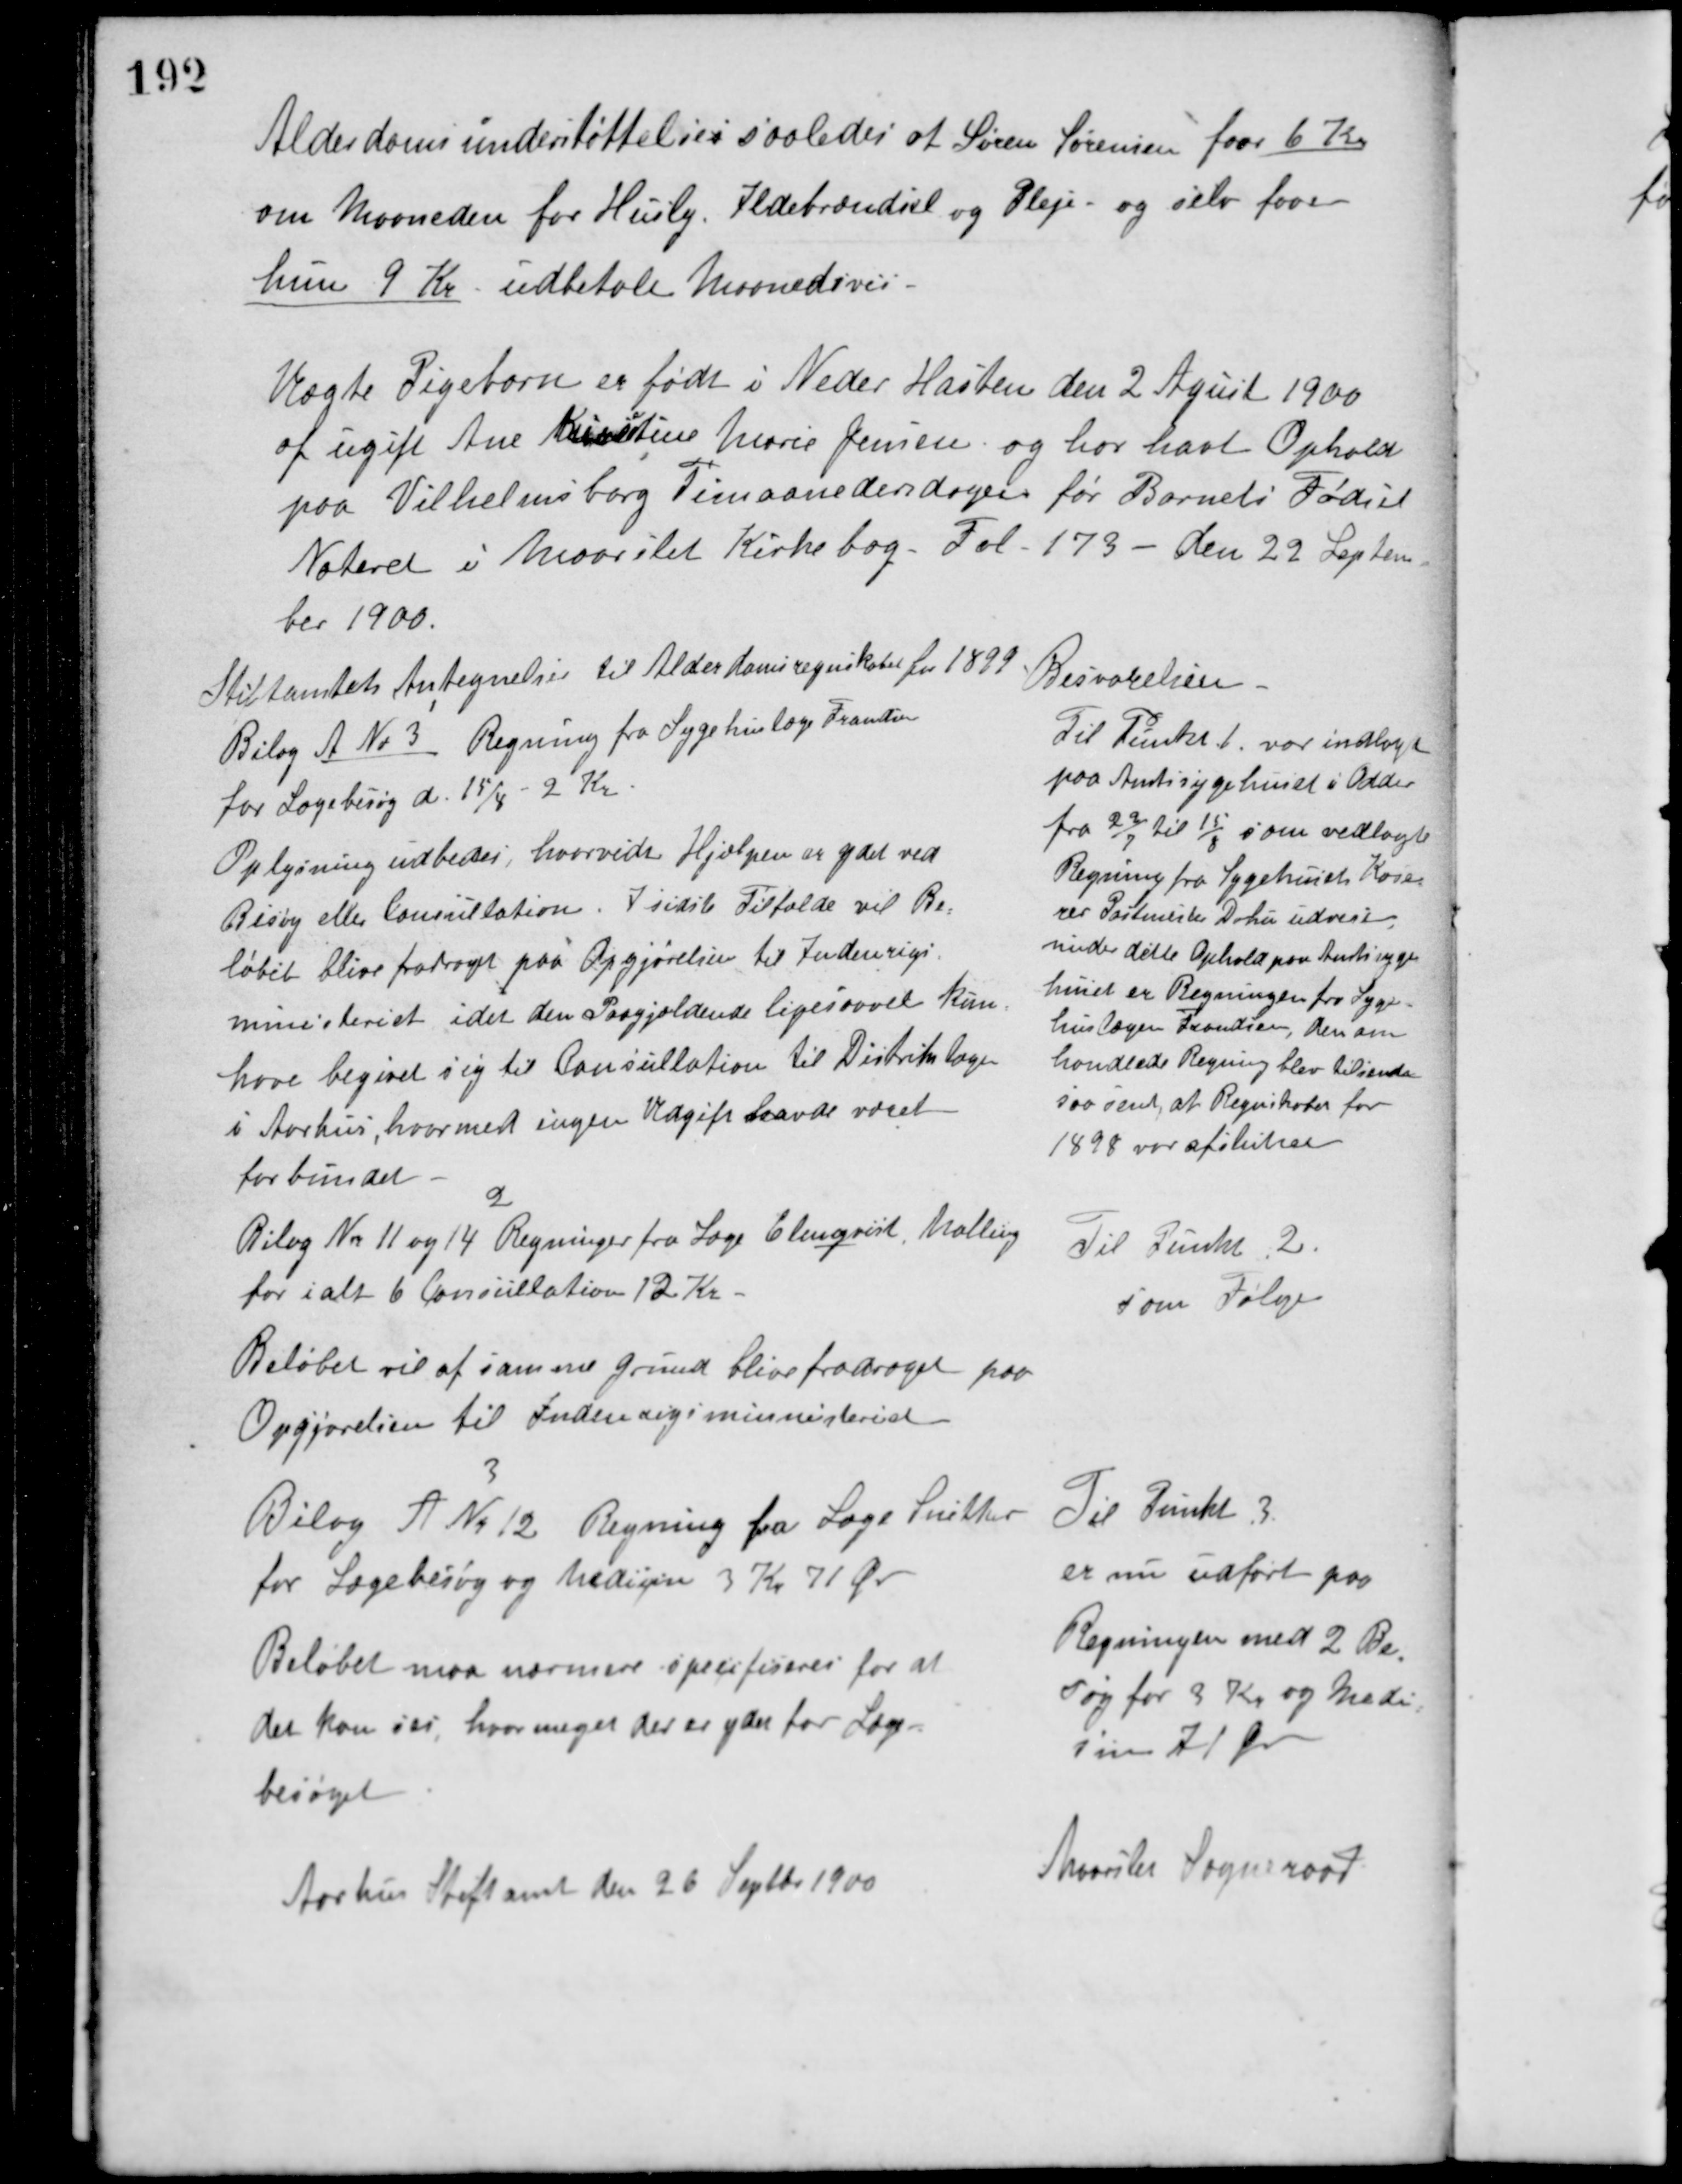
Transskription:
Alderdomsunderstøttelse i saaledes at Søren Sørensen faar 6 Kr.
om Maaneden for Husly, Ildebrændsel og Pleje, og selv faaer
hun 9 Kr. udbetalt Maanedsvis.
Uægte Pigebarn er født i Neder Hasten den 2 April 1900
af ugift Ane Kirstine Marie Jensen, og har havt Ophold
paa Vilhelmsborg Timaanedersdagen før Barnets Fødsel.
Noteret i Maarslet Kirkebog Fol 173 - den 22 Septem-
ber 1900.

Stiftamtets Antegnelser til Alderdomsregnskabet for 1899.

Besvarelsen

Bilag A No 3 Regning fra Sygehuslæge Frandsen
for Lægebesøg d. 15/4 - 2 Kr.
Oplysning udbedes, hvorvidt Hjælpen er ydet ved
Besøg eller Consultation. I sidste Tilfælde vil Be-
løbet blive fradraget paa Opgjørelsen til Indenrigs-
ministeriet, idet den Paagjældende ligesaavel kan
have begivet sig til Consullation til Distriktslægen
i Aarhus, hvormed ingen Udgift havde været
forbundet.

Til Punkt 1 var indlagt
paa Amtssygehuset i Odder
fra 22/7 til 15/8 som vedlagte
Regning fra Sygehusets Kase-
rer Postmiske Dohu udviser,
under dette Ophold paa Amtssyge-
huset er Regningen fra Syge-
huslæge Frandsen, den om-
handlede Regning blev tilsendt
saa sent, at Regnskabet for
1898 var afsluttet.

2
Bilag No 11 og 14 Regninger fra Læge Elmquist, Malling
for ialt 6 Consullation 12 Kr.
Beløbet vil af samme Grund blive fradraget paa
Opgjørelsen til Indenrigsministeriet.

Til Punkt 2
som Følger

3
Bilag A no 12 Regning fra Læge Snitter
for Lægebesøg og Medicin 3 Kr. 71 Øre.
Beløbet maa nærmere specifiseres for at
der kan ses hvor meget der er ydet for Læge-
besøget.

Til Punkt 3
er nu udført på
Regningen med 2 Be-
søg for 3 Kr. og Medi-
cin 71 Øre.

Aarhus Stiftamt den 26 September 1900

Maarslet Sogneraad